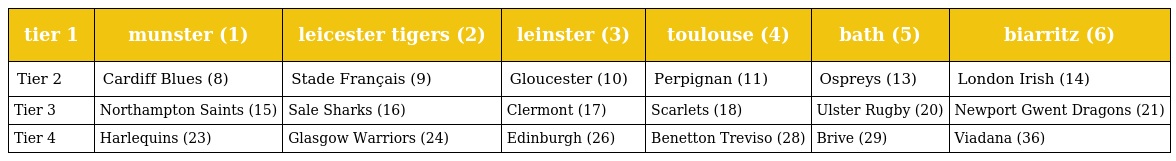
| tier 1 | munster (1) | leicester tigers (2) | leinster (3) | toulouse (4) | bath (5) | biarritz (6) |
 | --- | --- | --- | --- | --- | --- | --- |
 | Tier 2 | Cardiff Blues (8) | Stade Français (9) | Gloucester (10) | Perpignan (11) | Ospreys (13) | London Irish (14) |
 | Tier 3 | Northampton Saints (15) | Sale Sharks (16) | Clermont (17) | Scarlets (18) | Ulster Rugby (20) | Newport Gwent Dragons (21) |
 | Tier 4 | Harlequins (23) | Glasgow Warriors (24) | Edinburgh (26) | Benetton Treviso (28) | Brive (29) | Viadana (36) |